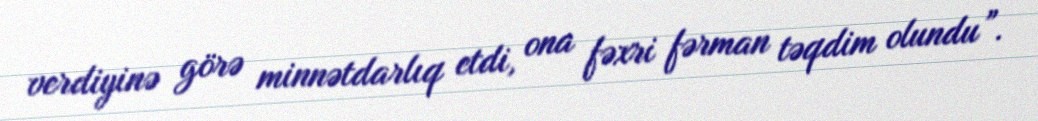
verdiyinə görə minnətdarlıq etdi, ona fəxri fərman təqdim olundu”.